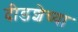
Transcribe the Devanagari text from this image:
दीडशेच्या